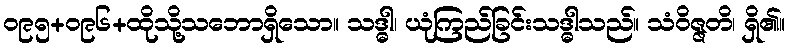
ဝ၉၅+ဝ၉၆+ထိုသို့သဘောရှိသော။ သဒ္ဓါ၊ ယုံကြည်ခြင်းသဒ္ဓါသည်။ သံဝိဇ္ဇတိ၊ ရှိ၏။